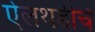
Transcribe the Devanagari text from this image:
ऐलथडीचे